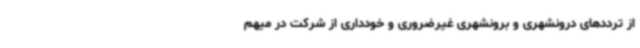
از ترددهای درونشهری و برونشهری غیرضروری و خودداری از شرکت در میهم